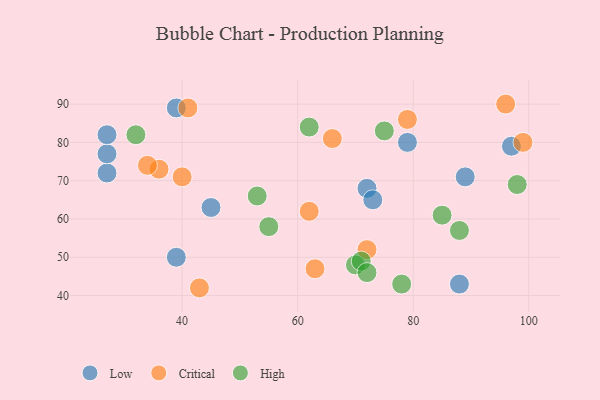
{"axis": {"x": "GDP", "y": "Life Expectancy"}, "legend": ["Critical", "High", "Low"], "data": [{"x": "45", "y": 63, "type": "Low"}, {"x": "88", "y": 43, "type": "Low"}, {"x": "72", "y": 68, "type": "Low"}, {"x": "79", "y": 80, "type": "Low"}, {"x": "39", "y": 50, "type": "Low"}, {"x": "39", "y": 89, "type": "Low"}, {"x": "27", "y": 72, "type": "Low"}, {"x": "89", "y": 71, "type": "Low"}, {"x": "27", "y": 77, "type": "Low"}, {"x": "97", "y": 79, "type": "Low"}, {"x": "27", "y": 82, "type": "Low"}, {"x": "73", "y": 65, "type": "Low"}, {"x": "96", "y": 90, "type": "Critical"}, {"x": "40", "y": 71, "type": "Critical"}, {"x": "41", "y": 89, "type": "Critical"}, {"x": "43", "y": 42, "type": "Critical"}, {"x": "36", "y": 73, "type": "Critical"}, {"x": "72", "y": 52, "type": "Critical"}, {"x": "99", "y": 80, "type": "Critical"}, {"x": "34", "y": 74, "type": "Critical"}, {"x": "66", "y": 81, "type": "Critical"}, {"x": "79", "y": 86, "type": "Critical"}, {"x": "63", "y": 47, "type": "Critical"}, {"x": "62", "y": 62, "type": "Critical"}, {"x": "88", "y": 57, "type": "High"}, {"x": "62", "y": 84, "type": "High"}, {"x": "70", "y": 48, "type": "High"}, {"x": "85", "y": 61, "type": "High"}, {"x": "55", "y": 58, "type": "High"}, {"x": "98", "y": 69, "type": "High"}, {"x": "75", "y": 83, "type": "High"}, {"x": "71", "y": 49, "type": "High"}, {"x": "78", "y": 43, "type": "High"}, {"x": "32", "y": 82, "type": "High"}, {"x": "72", "y": 46, "type": "High"}, {"x": "53", "y": 66, "type": "High"}]}